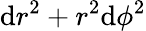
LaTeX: \mathrm{d}r^{2}+r^{2}\mathrm{d}\phi^{2}